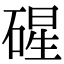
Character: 䃏